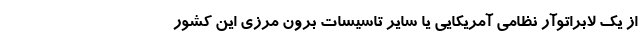
از یک لابراتوآر نظامی آمریکایی یا سایر تاسیسات برون مرزی این کشور